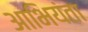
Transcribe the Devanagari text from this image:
आभियंता